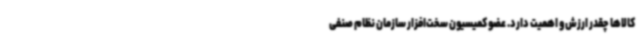
کالاها چقدر ارزش و اهمیت دارد. عضو کمیسیون سخت‌افزار سازمان نظام صنفی